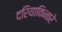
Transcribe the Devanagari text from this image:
दरियाकिनारे